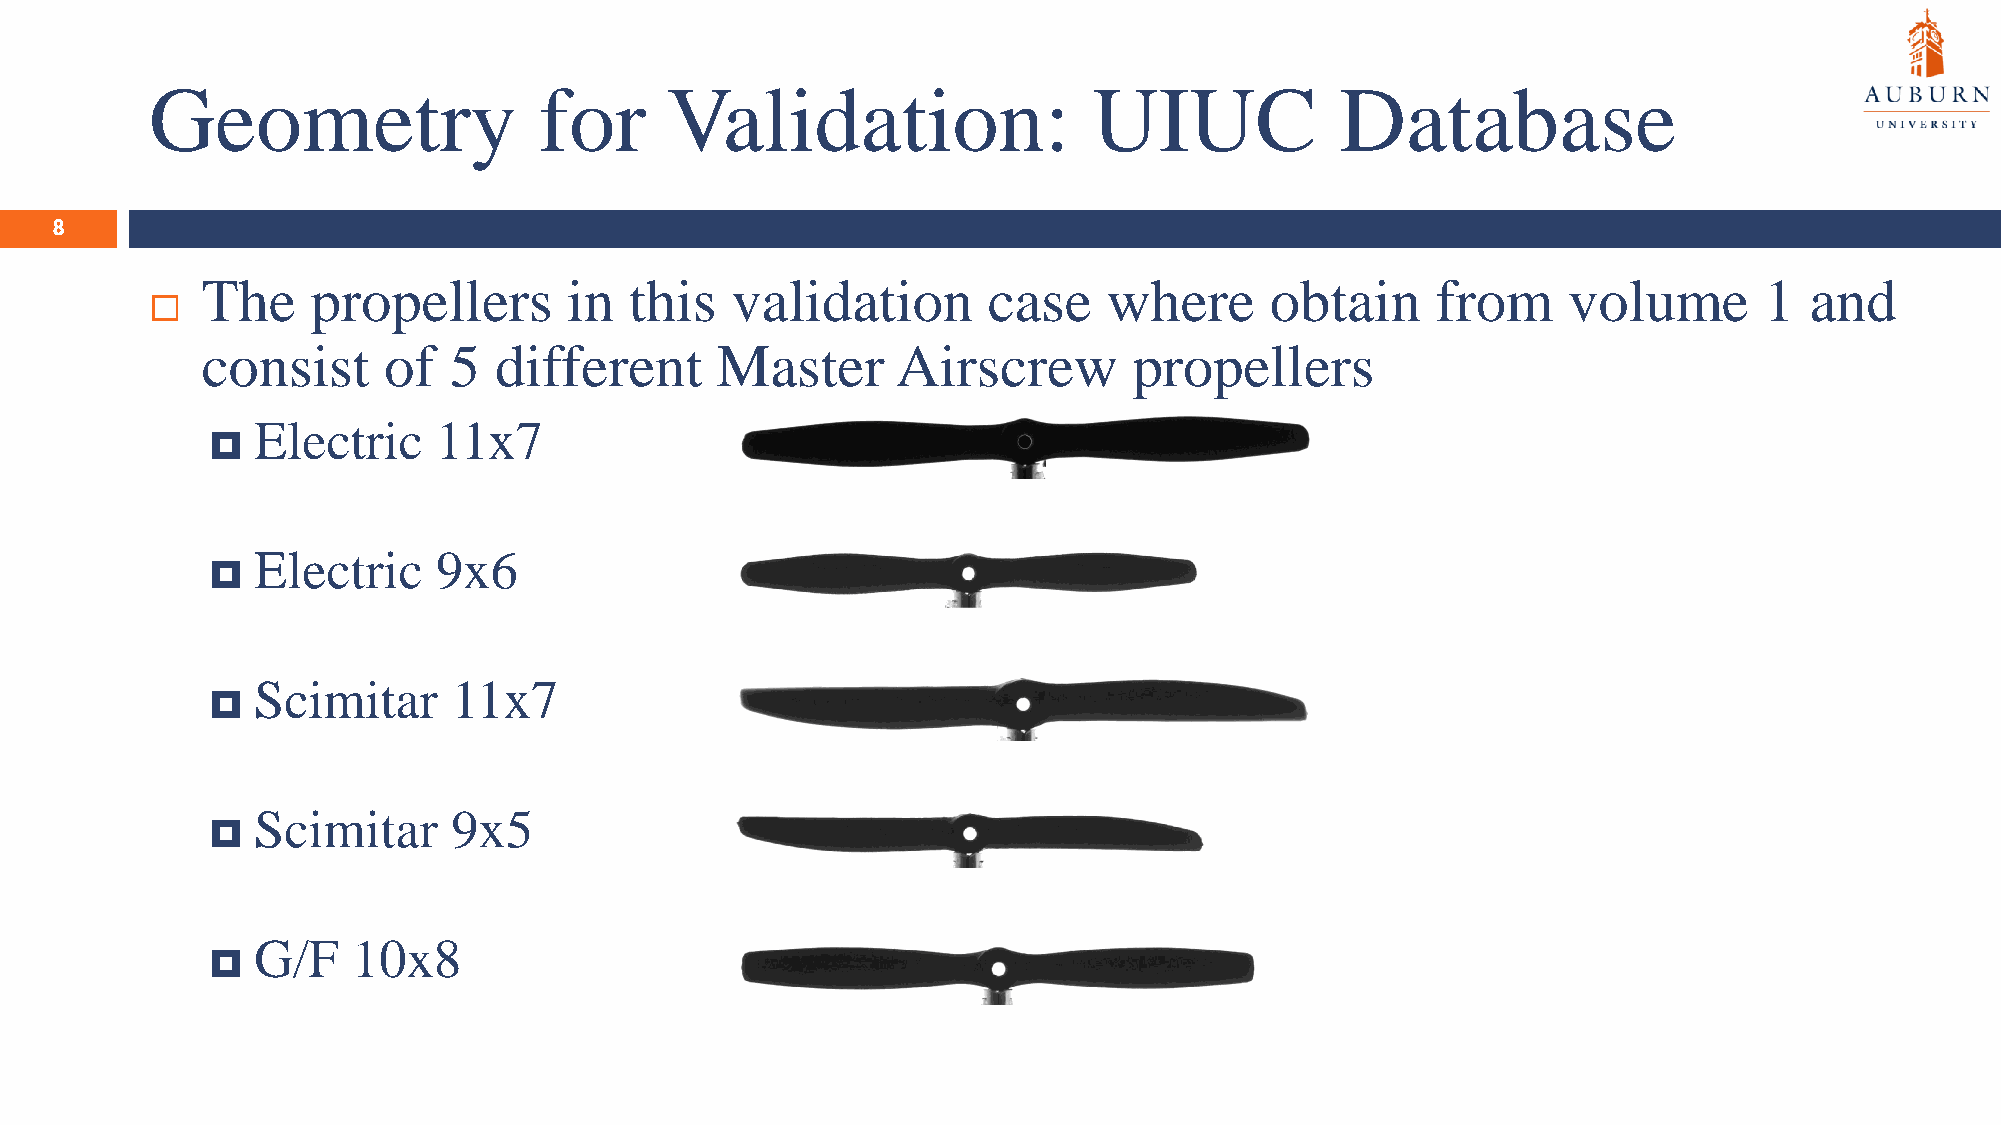
Geometry                  for     Validation:                 UIUC             Database
 8
 The     propellers       in  this  validation       case    where      obtain     from     volume       1  and
 
 consist     of   5  different     Master      Airscrew        propellers
 Electric    11x7
 
 Electric    9x6
 
 Scimitar     11x7
 
 Scimitar     9x5
 
 G/F   10x8
 